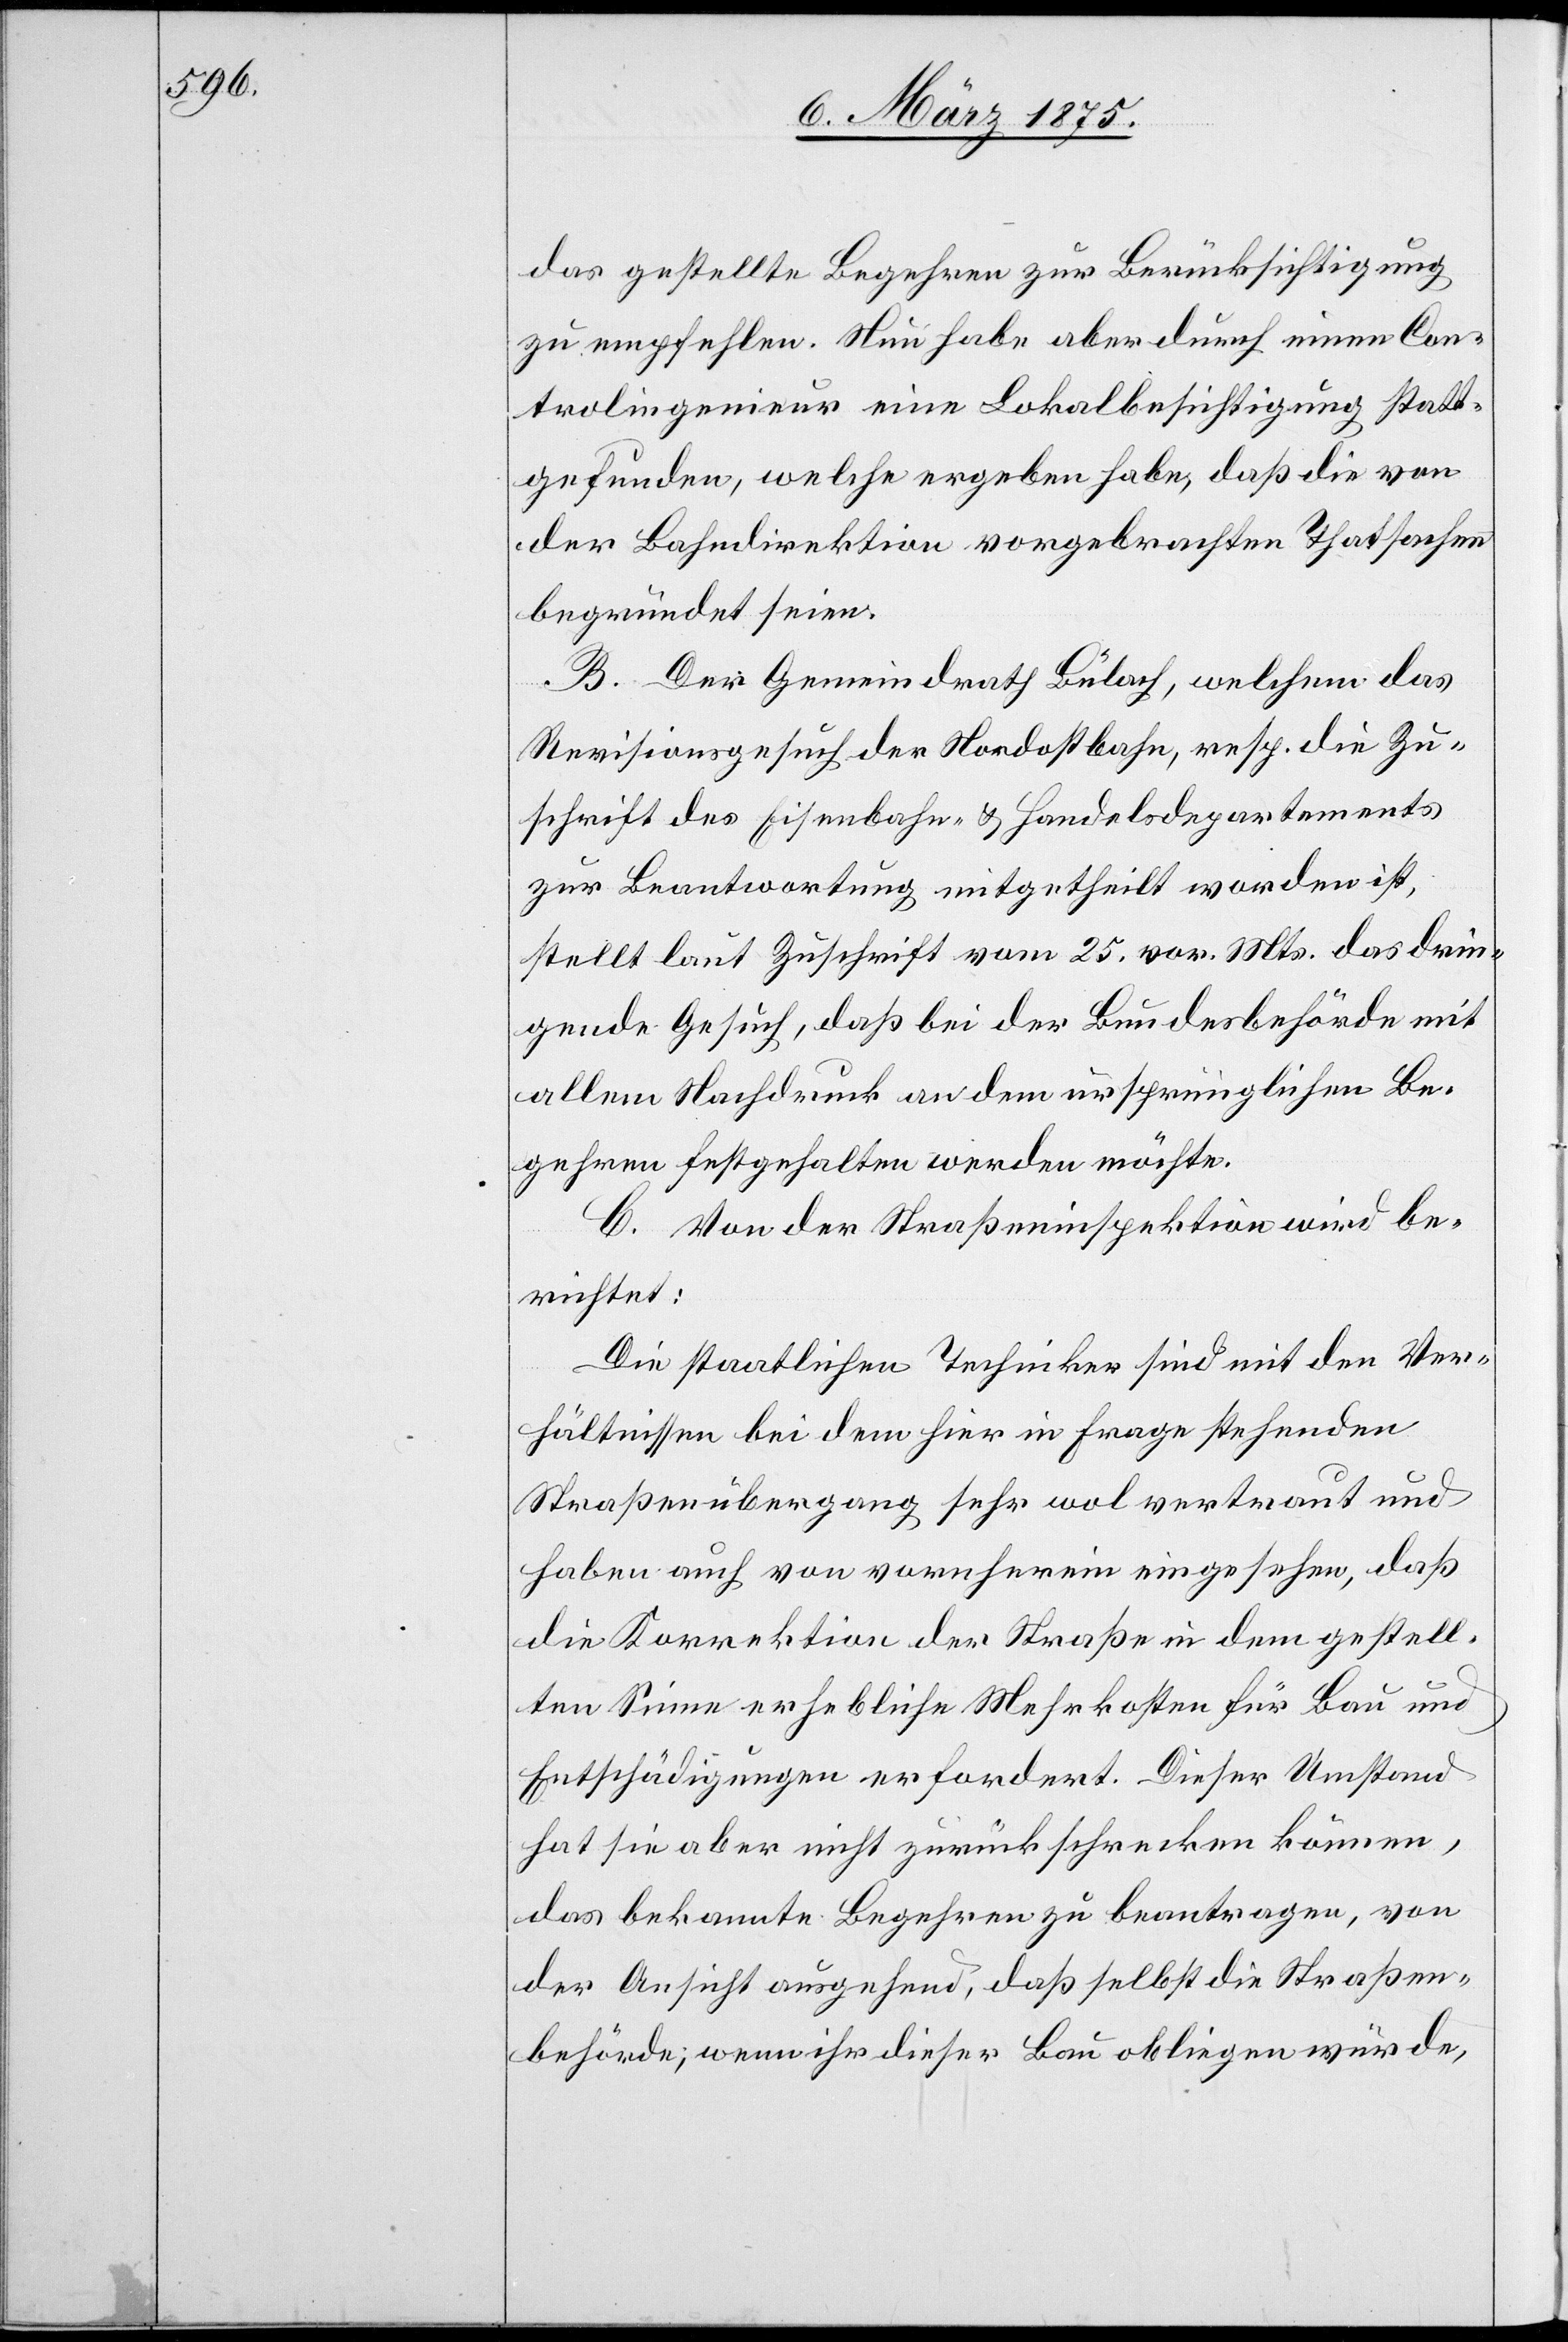
das gestellte Begehren zur Berücksichtigung
zu empfehlen. Nun habe aber durch einen Con¬
trolingenieur eine Lokalbesichtigung statt¬
gefunden, welche ergeben habe, daß die von
der Bahndirektion vorgebrachten Thatsachen
begründet seien.
B. Der Gemeinderath Bülach, welchem das
Revisionsgesuch der Nordostbahn, resp. die Zu¬
schrift des Eisenbahn- & Handelsdepartements
zur Beantwortung mitgetheilt worden ist,
stellt laut Zuschrift vom 25. vor. Mts. das drin¬
gende Gesuch, daß bei der Bundesbehörde mit
allem Nachdruck an dem ursprünglichen Be¬
gehren festgehalten werden möchte.
C. Von der Straßeninspektion wird be¬
richtet:
Die staatlichen Techniker sind mit den Ver¬
hältnissen bei dem hier in Frage stehenden
Straßenübergang sehr wol vertraut und
haben auch von vornherein eingesehen, daß
die Korrektion der Straße in dem gestell¬
ten Sinne erhebliche Mehrkosten für Bau und
Entschädigungen erfordert. Dieser Umstand
hat sie aber nicht zurückschrecken können,
das bekannte Begehren zu beantragen, von
der Ansicht ausgehend, daß selbst die Straßen¬
behörde; wenn ihr dieser Bau obliegen würde,